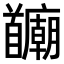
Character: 𫗻